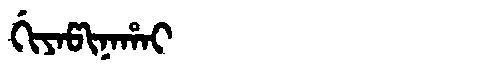
Manchu: ᡤᡳᠶᠠᡦᡳᠨᠠᡥᠠᡳ
Romanization: GIYAPINAHAI